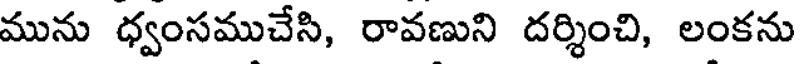
మును ధ్వంసముచేసి, రావణుని దర్శించి, లంకను